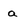
Character: a